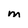
Character: m